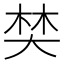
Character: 𡘽